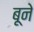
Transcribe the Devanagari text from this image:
बूने